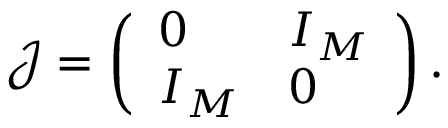
\mathcal { J } = \left( \begin{array} { l l } { 0 } & { I _ { M } } \\ { I _ { M } } & { 0 } \end{array} \right) .